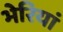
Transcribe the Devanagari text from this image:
भेरियां